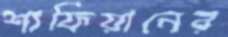
শাফিয়ানের